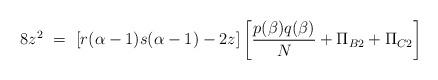
LaTeX: \begin{align*}8 z^2 ~=~ [r(\alpha-1) s(\alpha-1) - 2z] \left[ \frac{p(\beta)q(\beta)}{N}+ \Pi_{B2} + \Pi_{C2} \right]\end{align*}